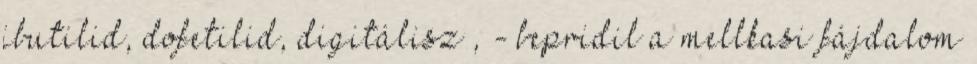
ibutilid, dofetilid, digitálisz , - bepridil a mellkasi fájdalom